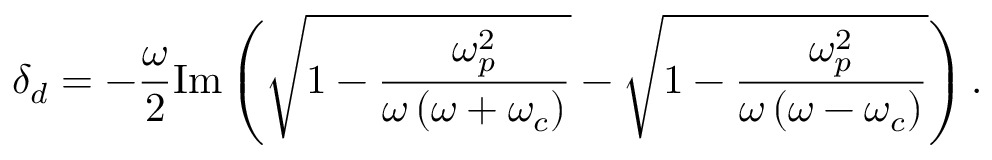
\delta _ { d } = - \frac { \omega } { 2 } \mathrm { I m } \left( \sqrt { 1 - \frac { \omega _ { p } ^ { 2 } } { \omega \left( \omega + \omega _ { c } \right) } } - \sqrt { 1 - \frac { \omega _ { p } ^ { 2 } } { \omega \left( \omega - \omega _ { c } \right) } } \right) .